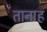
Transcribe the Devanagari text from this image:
तानाह